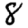
Digit: 8